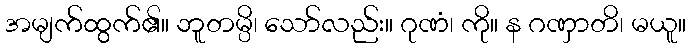
အမျက်ထွက်၏။ ဘူတမ္ပိ၊ သော်လည်း။ ဂုဏံ၊ ကို။ န ဂဏှာတိ၊ မယူ။